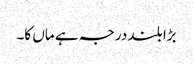
بڑا بلند درجہ ہے ماں کا۔